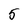
Character: 5